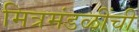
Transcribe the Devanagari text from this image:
मित्रमंडळींची